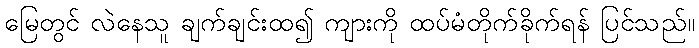
မြေတွင် လဲနေသူ ချက်ချင်းထ၍ ကျားကို ထပ်မံတိုက်ခိုက်ရန် ပြင်သည်။